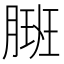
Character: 𬂇